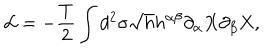
{ \cal L } = - \frac { T } { 2 } \int d ^ { 2 } \sigma \sqrt { h } h ^ { \alpha \beta } \partial _ { \alpha } X \partial _ { \beta } X ,